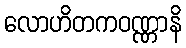
လောဟိတကဝဏ္ဏာနိ